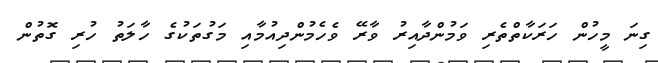
ގިނަ މީހުން ހަރަކާތްތެރި ވަމުންދާއިރު ވާރޭ ވެހެމުންދިއުމާއި މަގުތަކުގެ ހާލަތު ހުރި ގޮތުން